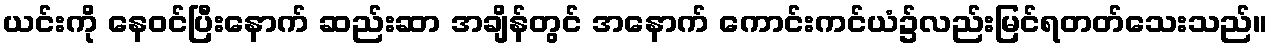
ယင်းကို နေဝင်ပြီးနောက် ဆည်းဆာ အချိန်တွင် အနောက် ကောင်းကင်ယံ၌လည်းမြင်ရတတ်သေးသည်။